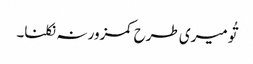
تُو میری طرح کمزور نہ نکلنا۔